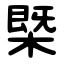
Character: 㮣